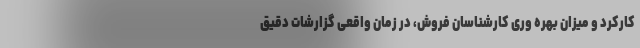
کارکرد و میزان بهره وری کارشناسان فروش، در زمان واقعی گزارشات دقیق